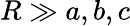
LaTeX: R\gg a,b,c